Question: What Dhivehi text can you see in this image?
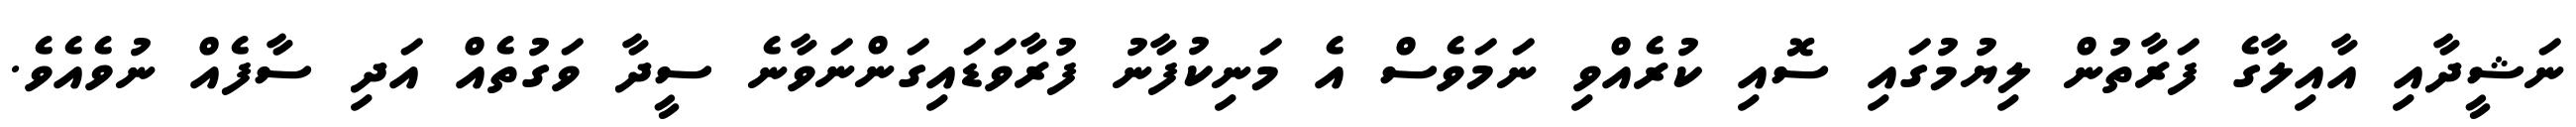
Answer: ނަޝީދާއި އާއިލާގެ ފަރާތުން ލިޔުމުގައި ސޮއި ކުރެއްވި ނަމަވެސް އެ މަނިކުފާނު ފުރާވަޑައިގަންނަވާނެ ސީދާ ވަގުތެއް އަދި ސާފެއް ނުވެއެވެ.